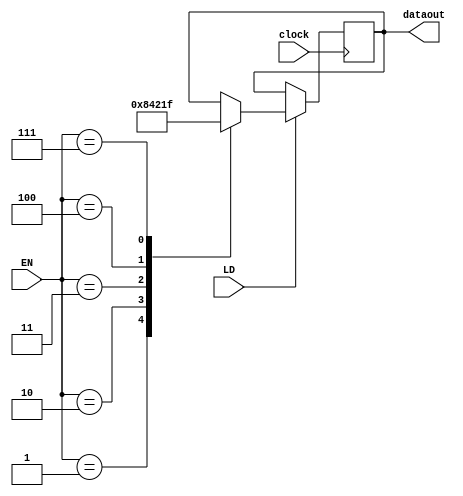
module reg_7 (//X
input clock,
input LD,
input [2:0] EN,
output reg[3:0] dataout=4'b1111
);

//reg[4:0] dataout=4'b1111;

always @(negedge clock) 
begin
    if (LD==1)
        case (EN)
        3'b001:dataout<=4'b1000;
        3'b010:dataout<=4'b0100;
        3'b011:dataout<=4'b0010;
        3'b100:dataout<=4'b0001;
        3'b111:dataout<=4'b1111;
        endcase
end
    
endmodule